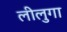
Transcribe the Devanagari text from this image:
लीलुगा